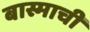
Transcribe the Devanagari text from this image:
बास्माची